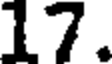
17.